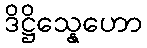
ဒိဋ္ဌိသ္နေဟော